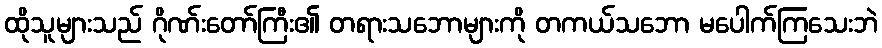
ထိုသူများသည် ဂိုဏ်းတော်ကြီး၏ တရားသဘောများကို တကယ်သဘော မပေါက်ကြသေးဘဲ